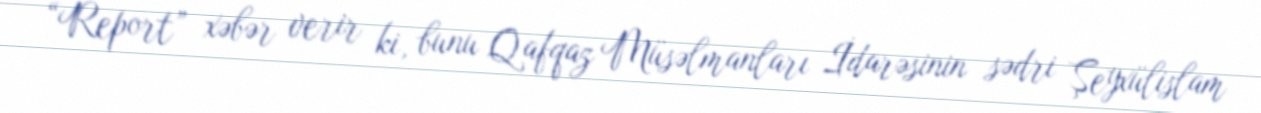
“Report” xəbər verir ki, bunu Qafqaz Müsəlmanları İdarəsinin sədri Şeyxülislam